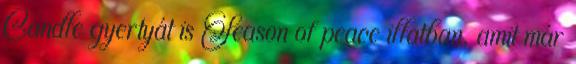
Candle gyertyát is Season of peace illatban, amit már